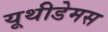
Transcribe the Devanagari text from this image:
यूथीडेमस